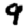
Digit: 9